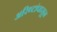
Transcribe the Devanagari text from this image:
अरिष्टांपासून